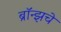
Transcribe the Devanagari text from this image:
ब्राॅन्झचे